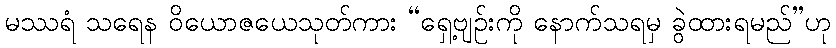
မဿရံ သရေန ဝိယောဇယေသုတ်ကား “ရှေ့ဗျဉ်းကို နောက်သရမှ ခွဲထားရမည်”ဟု